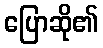
ပြောဆို၏